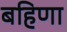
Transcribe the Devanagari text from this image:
बहिणा